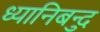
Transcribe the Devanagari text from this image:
ध्यानिबन्दु